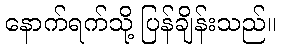
နောက်ရက်သို့ ပြန်ချိန်းသည်။